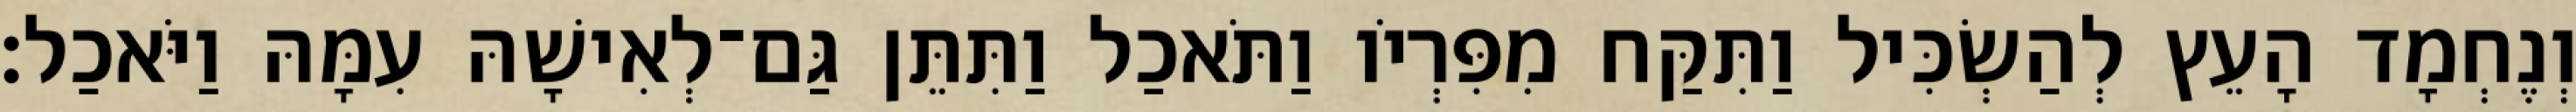
וְנֶחְמָד הָעֵץ לְהַשְׂכִּיל וַתִּקַּח מִפִּרְיֹו וַתֹּאכַל וַתִּתֵּן גַּם־לְאִישָׁהּ עִמָּהּ וַיֹּאכַל׃